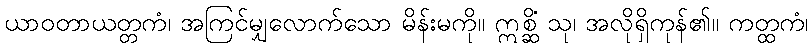
ယာဝတာယတ္တကံ၊ အကြင်မျှလောက်သော မိန်းမကို။ ဣစ္ဆိံ သု၊ အလိုရှိကုန်၏။ ကတ္ထကံ၊